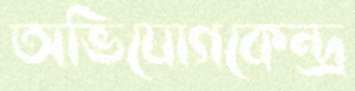
অভিযোগকেন্দ্র